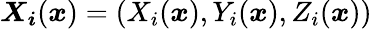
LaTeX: \boldsymbol{X_{i}}(\boldsymbol{x})=(X_{i}(\boldsymbol{x}),Y_{i}(\boldsymbol{x}),Z_{i}(\boldsymbol{x}))